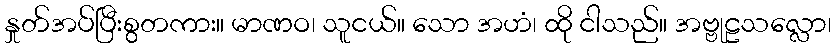
နှုတ်အပ်ပြီးစွတကား။ မာဏဝ၊ သူငယ်။ သော အဟံ၊ ထို ငါသည်။ အဗ္ဗုဠသလ္လော၊